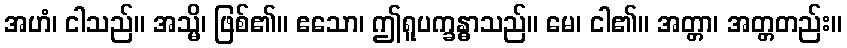
အဟံ၊ ငါသည်။ အသ္မိ၊ ဖြစ်၏။ ဧသော၊ ဤရူပက္ခန္ဓာသည်။ မေ၊ ငါ၏။ အတ္တာ၊ အတ္တတည်း။